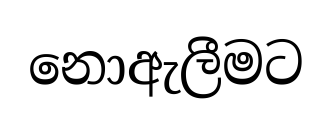
නොඇලීමට